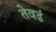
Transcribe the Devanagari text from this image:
तेवढं